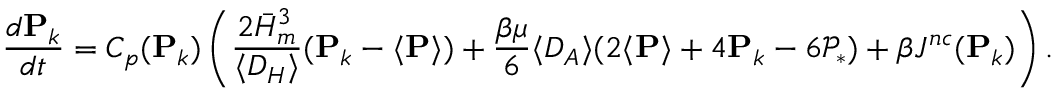
{ \frac { d \mathbf { P } _ { k } } { d t } } = C _ { p } ( \mathbf { P } _ { k } ) \left( { \frac { 2 \bar { H } _ { m } ^ { 3 } } { \langle D _ { H } \rangle } } ( \mathbf { P } _ { k } - \langle \mathbf { P } \rangle ) + { \frac { \beta \mu } { 6 } } \langle D _ { A } \rangle ( 2 \langle \mathbf { P } \rangle + 4 \mathbf { P } _ { k } - 6 \mathcal { P } _ { * } ) + \beta J ^ { n c } ( \mathbf { P } _ { k } ) \right) .